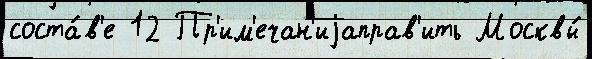
соста́в'е 12 Пр'им'ечан'иjаправ'ить Москвы́